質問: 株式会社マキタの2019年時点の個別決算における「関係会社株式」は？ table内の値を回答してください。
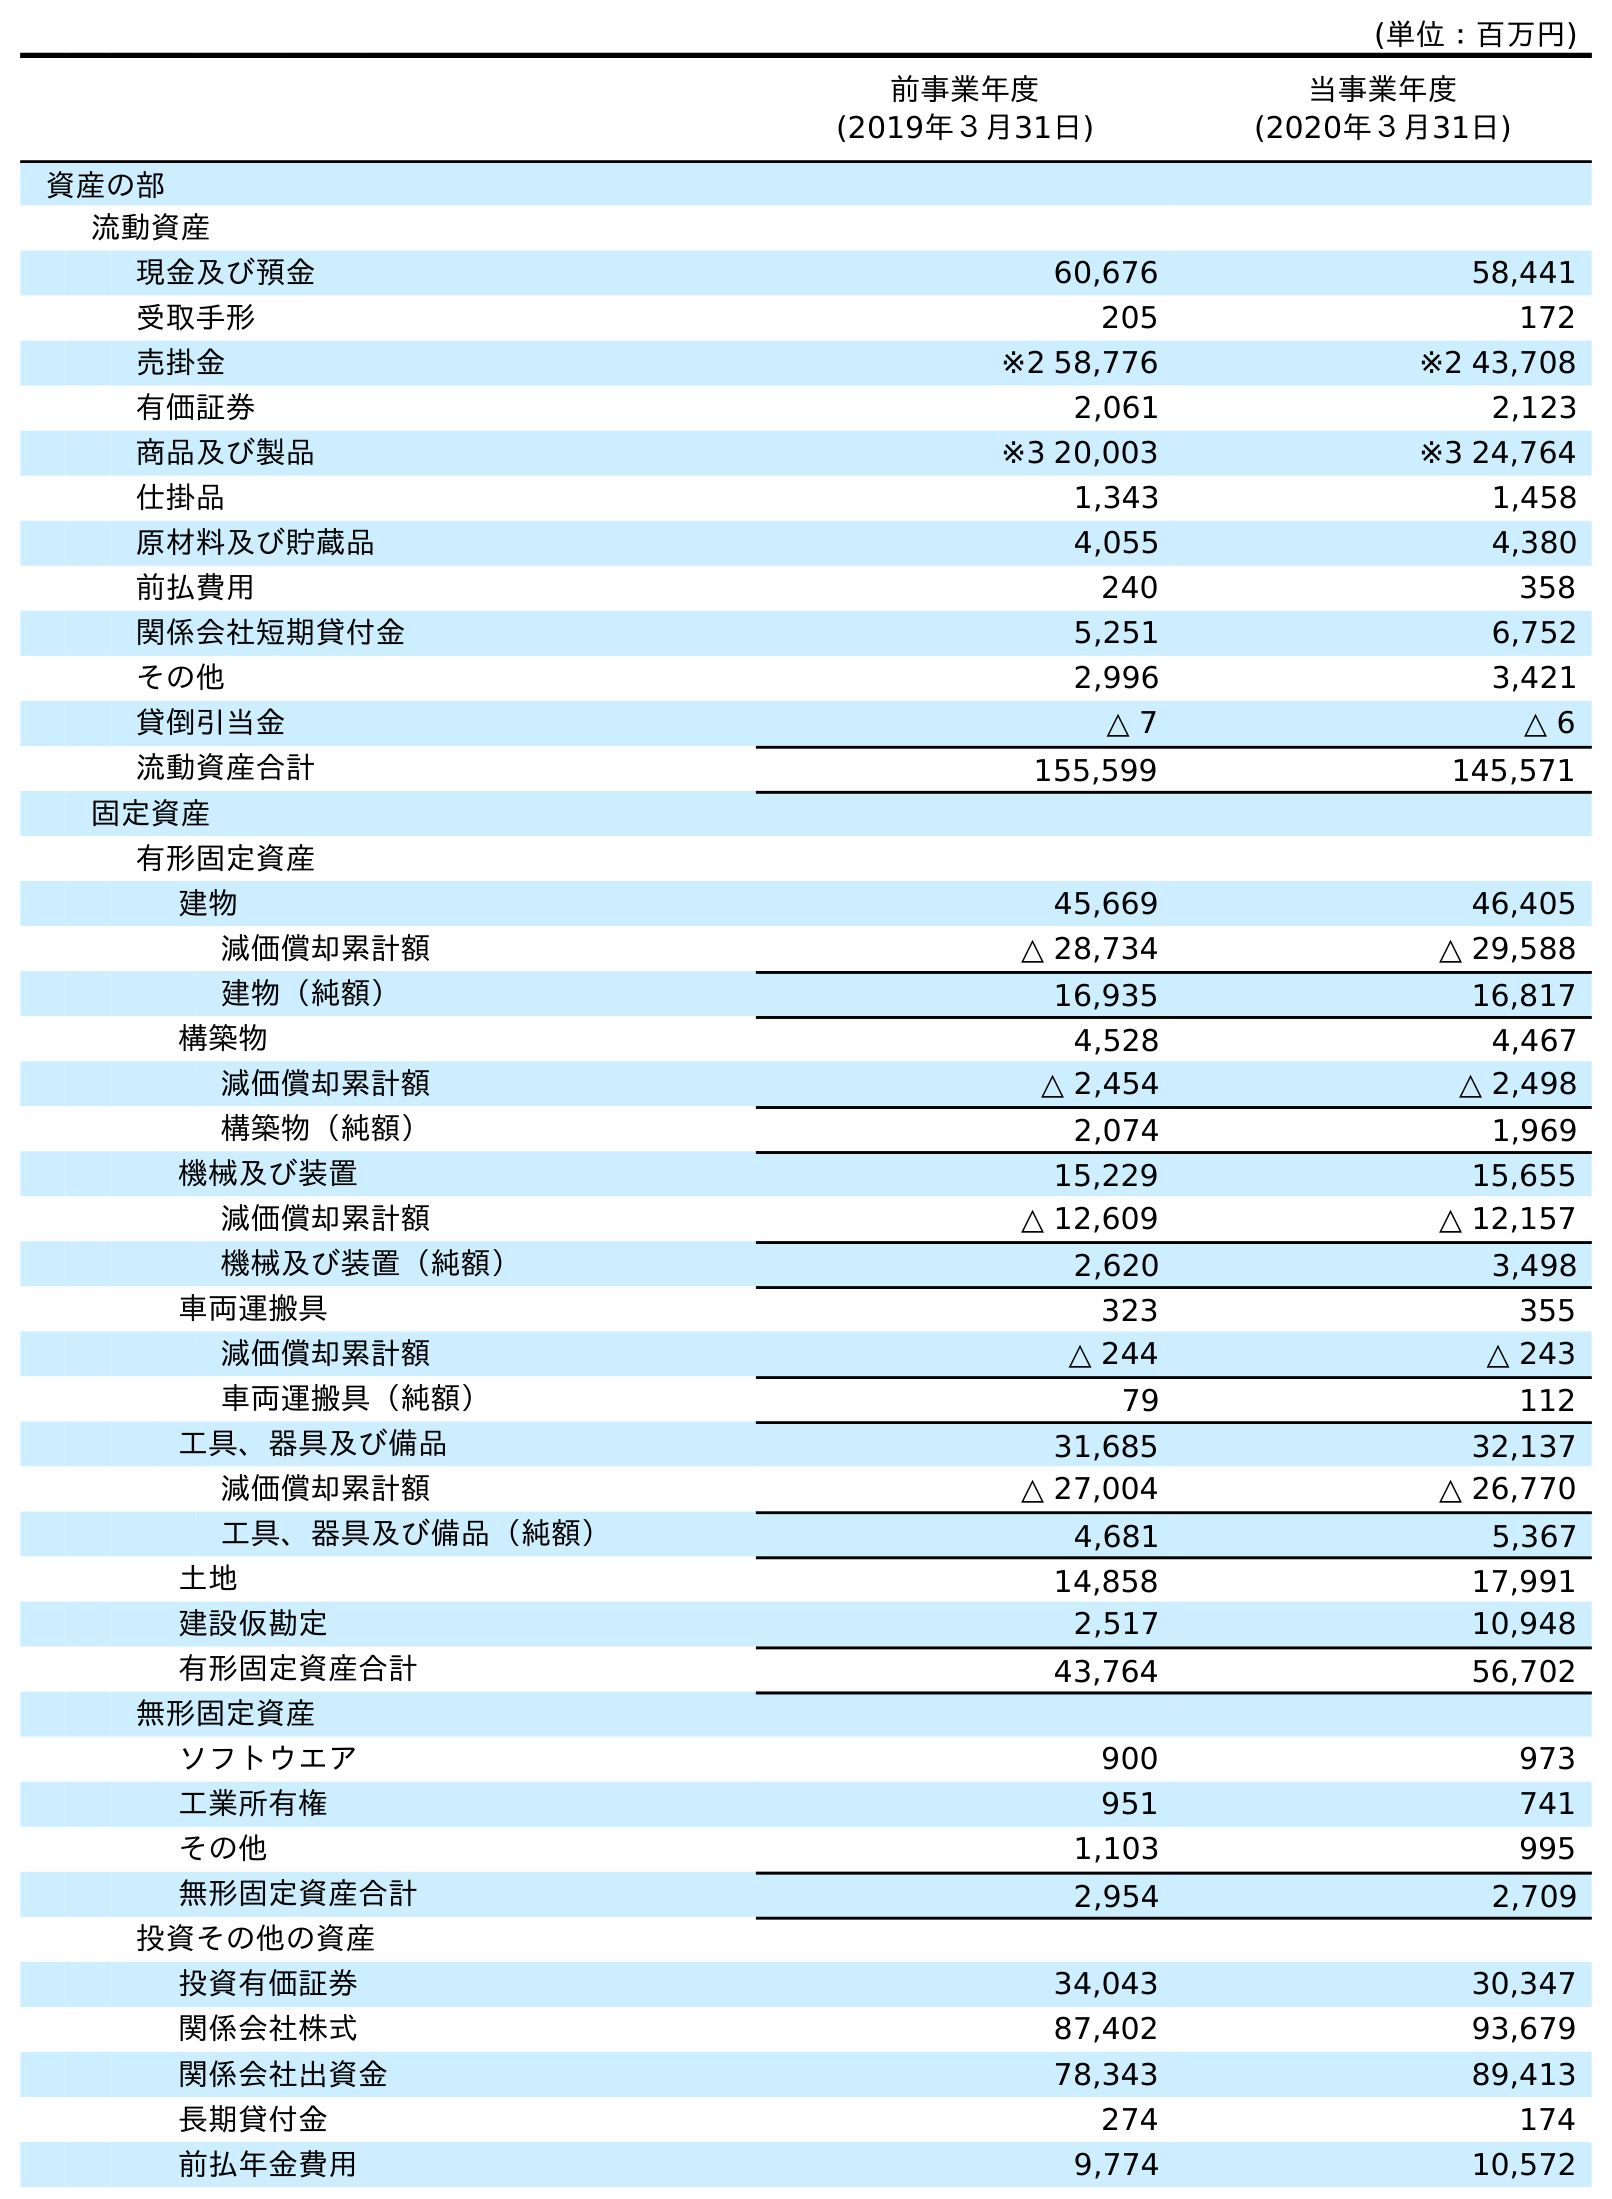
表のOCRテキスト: (単位：百万円) 前事業年度 (2019年３月31日) 当事業年度 (2020年３月31日) 資産の部 流動資産 現金及び預金 60,676 58,441 受取手形 205 172 売掛金 ※2 58,776 ※2 43,708 有価証券 2,061 2,123 商品及び製品 ※3 20,003 ※3 24,764 仕掛品 1,343 1,458 原材料及び貯蔵品 4,055 4,380 前払費用 240 358 関係会社短期貸付金 5,251 6,752 その他 2,996 3,421 貸倒引当金 △ 7 △ 6 流動資産合計 155,599 145,571 固定資産 有形固定資産 建物 45,669 46,405 減価償却累計額 △ 28,734 △ 29,588 建物（純額） 16,935 16,817 構築物 4,528 4,467 減価償却累計額 △ 2,454 △ 2,498 構築物（純額） 2,074 1,969 機械及び装置 15,229 15,655 減価償却累計額 △ 12,609 △ 12,157 機械及び装置（純額） 2,620 3,498 車両運搬具 323 355 減価償却累計額 △ 244 △ 243 車両運搬具（純額） 79 112 工具、器具及び備品 31,685 32,137 減価償却累計額 △ 27,004 △ 26,770 工具、器具及び備品（純額） 4,681 5,367 土地 14,858 17,991 建設仮勘定 2,517 10,948 有形固定資産合計 43,764 56,702 無形固定資産 ソフトウエア 900 973 工業所有権 951 741 その他 1,103 995 無形固定資産合計 2,954 2,709 投資その他の資産 投資有価証券 34,043 30,347 関係会社株式 87,402 93,679 関係会社出資金 78,343 89,413 長期貸付金 274 174 前払年金費用 9,774 10,572
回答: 87,402